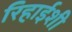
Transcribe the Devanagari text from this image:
रिहाईशी